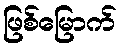
ဖြစ်မြောက်